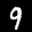
Label: 9